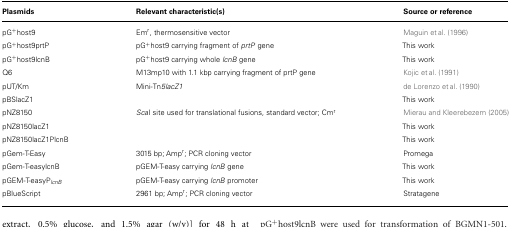
<table><thead><tr><td><b>Plasmids</b></td><td><b>Relevant characteristic(s)</b></td><td><b>Source or reference</b></td></tr></thead><tbody><tr><td>pG<sup>+</sup>host9</td><td>Em<sup>r</sup>, thermosensitive vector</td><td>Maguin et al. (1996)</td></tr><tr><td>pG<sup>+</sup>host9prtP</td><td>pG<sup>+</sup>host9 carrying fragment of <i>prtP</i> gene</td><td>This work</td></tr><tr><td>pG<sup>+</sup>host9lcnB</td><td>pG<sup>+</sup>host9 carrying whole <i>lcnB</i> gene</td><td>This work</td></tr><tr><td>Q6</td><td>M13mp10 with 1.1 kbp carrying fragment of prtP gene</td><td>Kojic et al. (1991)</td></tr><tr><td>pUT/Km</td><td>Mini-Tn<i>5lacZ1</i></td><td>de Lorenzo et al. (1990)</td></tr><tr><td>pBSlacZ1</td><td></td><td>This work</td></tr><tr><td>pNZ8150</td><td><i>Sca</i>I site used for translational fusions, standard vector; Cm<sup>r</sup></td><td>Mierau and Kleerebezem (2005)</td></tr><tr><td>pNZ8150lacZ1</td><td></td><td>This work</td></tr><tr><td>pNZ8150lacZ1PlcnB</td><td></td><td>This work</td></tr><tr><td>pGem-T-Easy</td><td>3015 bp; Amp<sup>r</sup>; PCR cloning vector</td><td>Promega</td></tr><tr><td>pGem-T-easylcnB</td><td>pGEM-T-easy carrying <i>lcnB</i> gene</td><td>This work</td></tr><tr><td>pGEM-T-easyP<i><sub>lcnB</sub></i></td><td>pGEM-T-easy carrying <i>lcnB</i> promoter</td><td>This work</td></tr><tr><td>pBlueScript</td><td>2961 bp; Amp<sup>r</sup>; PCR cloning vector</td><td>Stratagene</td></tr></tbody></table>